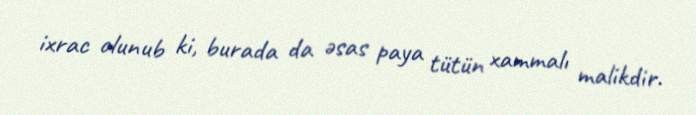
ixrac olunub ki, burada da əsas paya tütün xammalı malikdir.